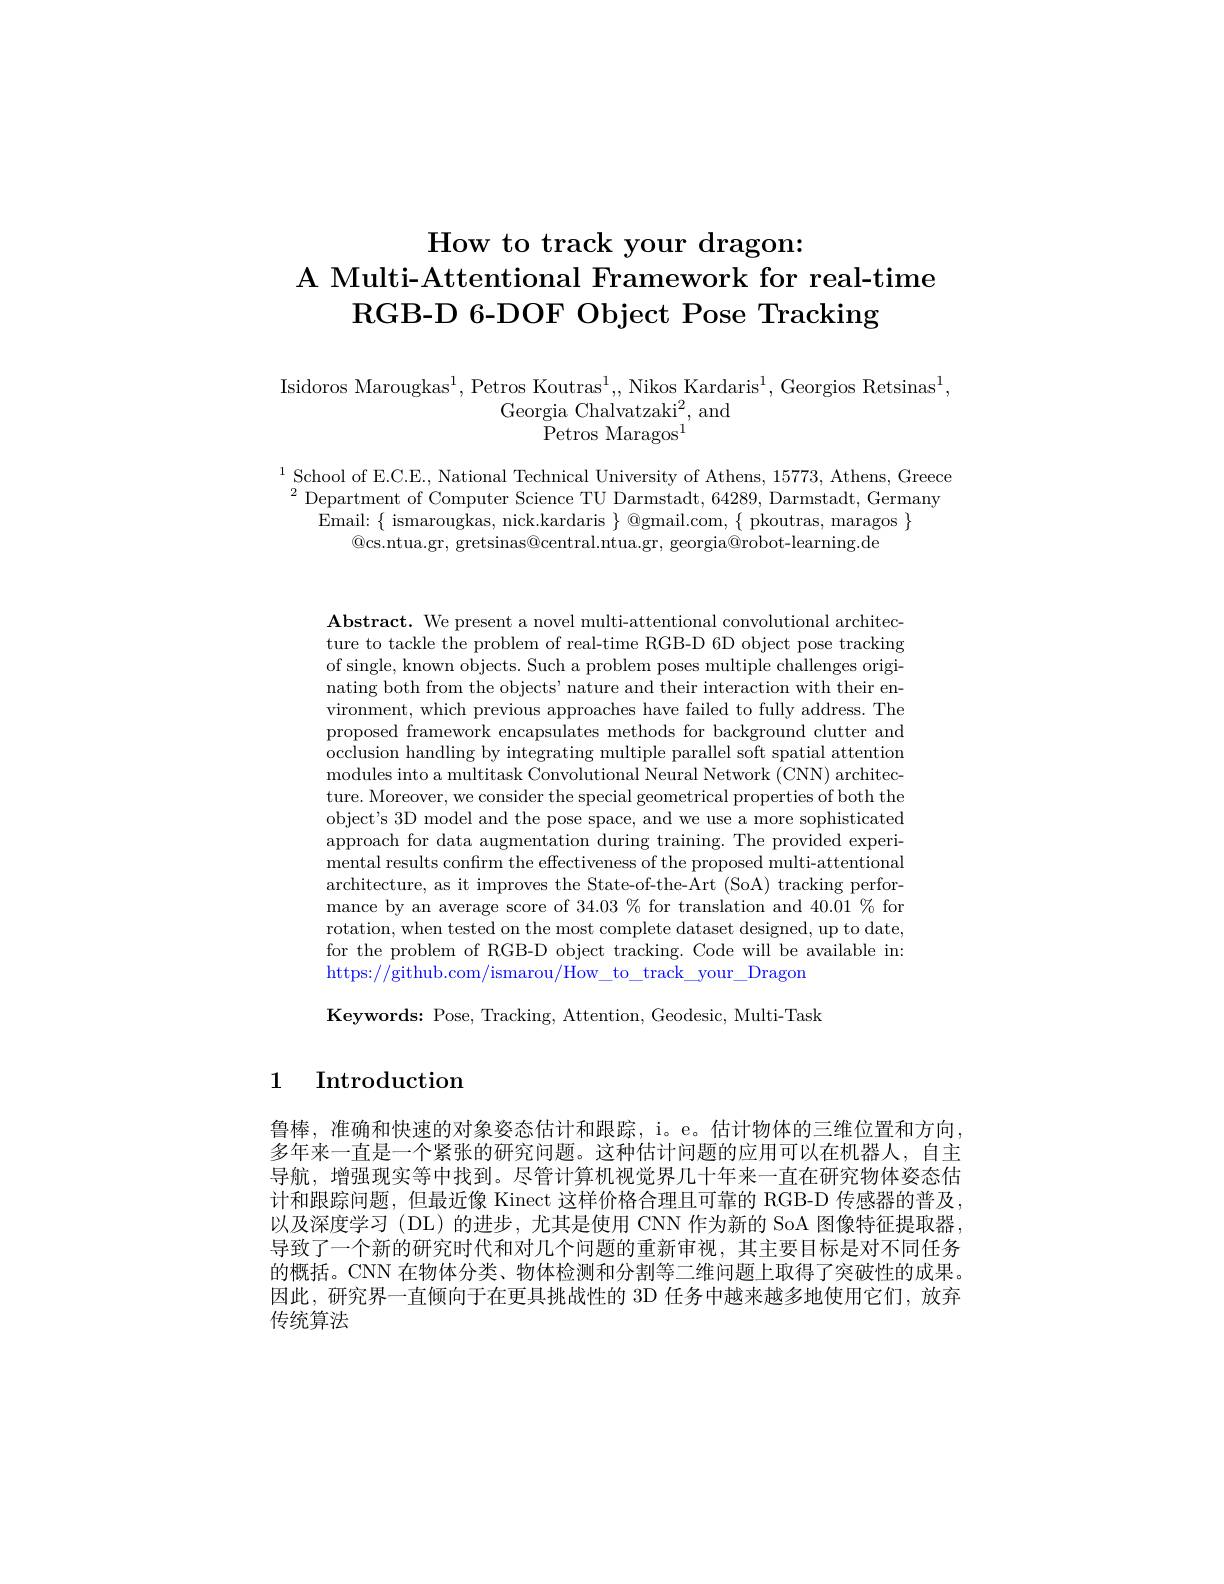
# How to track your dragon: A Multi-Attentional Framework for real-time RGB-D 6-DOF Object Pose Tracking

Isidoros Marougkas$^1,\text{Petros Koutras}^1,$,Nikos Kardaris$^1$,Georgios Retsinas$^1$,
Georgia Chalvatzaki$^2$, and
Petros Maragos$^{\mathrm{l}}$

$^{1}\underset{a}{\operatorname*{\text{School of E.C.E., National Technical University of Athens, 15773, Athens, Greece}}}$ $^{2}$Department of Computer Science TU Darmstadt, 64289, Darmstadt, Germany
Email: $\{$ ismarougkas, nick.kardaris $\}$ @gmail.com, $\{$ pkoutras, maragos $\}$
$\textcircled{\mathrm{acs.ntua.gr,\:gretsinas@central.ntua.gr,\:georgia@robot-learning.de}}$

$\mathbf{Abstract.~We~present~a~novel~multi-attentional~convolutional~architec-}$ ture to tackle the problem of real-time RGB-D 6D object pose tracking of single, known objects. Such a problem poses multiple challenges originating both from the objects' nature and their interaction with their environment, which previous approaches have failed to fully address. The proposed framework encapsulates methods for background clutter and occlusion handling by integrating multiple parallel soft spatial attention modules into a multitask Convolutional Neural Network (CNN) architecture. Moreover, we consider the special geometrical properties of both the object's 3D model and the pose space, and we use a more sophisticated approach for data augmentation during training. The provided experimental results confirm the effectiveness of the proposed multi-attentional architecture, as it improves the State-of-the-Art (SoA) tracking performance by an average score of $34.03\%$ for translation and $40.01\%$ for rotation, when tested on the most complete dataset designed, up to date, for the problem of RGB-D object tracking. Code will be available in: https://github.com/ismarou/How\_to\_track\_your\_Dragon Keywords: Pose, Tracking, Attention, Geodesic, Multi-Task

# 1 Introduction

鲁棒，准确和快速的对象姿态估计和跟踪，i。e。估计物体的三维位置和方向多年来一直是一个紧张的研究问题。这种估计问题的应用可以在机器人，自主导航，增强现实等中找到。尽管计算机视觉界几十年来一直在研究物体姿态估计和跟踪问题，但最近像 Kinect 这样价格合理且可靠的 RGB-D 传感器的普及以及深度学习 (DL)的进步，尤其是使用 CNN 作为新的 SoA 图像特征提取器导致了一个新的研究时代和对几个问题的重新审视，其主要目标是对不同任务的概括。CNN 在物体分类、物体检测和分割等二维问题上取得了突破性的成果。因此，研究界一直倾向于在更具挑战性的 3D 任务中越来越多地使用它们，放弃传统算法